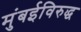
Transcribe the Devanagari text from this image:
मुंबईविरुद्ध